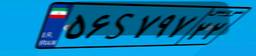
۶۳S۳۱۹۴۰